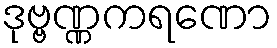
ဒုဗ္ဗဏ္ဏကရဏော